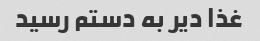
غذا دیر به دستم رسید